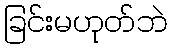
ခြင်းမဟုတ်ဘဲ